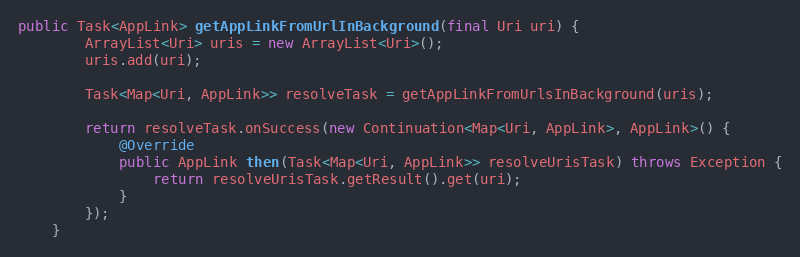
Language: Java
public Task<AppLink> getAppLinkFromUrlInBackground(final Uri uri) {
        ArrayList<Uri> uris = new ArrayList<Uri>();
        uris.add(uri);

        Task<Map<Uri, AppLink>> resolveTask = getAppLinkFromUrlsInBackground(uris);

        return resolveTask.onSuccess(new Continuation<Map<Uri, AppLink>, AppLink>() {
            @Override
            public AppLink then(Task<Map<Uri, AppLink>> resolveUrisTask) throws Exception {
                return resolveUrisTask.getResult().get(uri);
            }
        });
    }